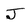
Character: J